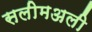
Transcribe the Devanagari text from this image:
सलीमअली